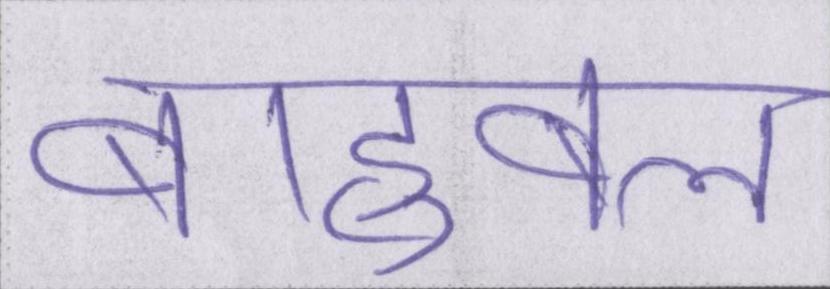
बाहुबल